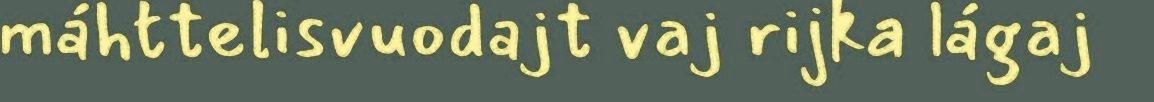
máhttelisvuodajt vaj rijka lágaj